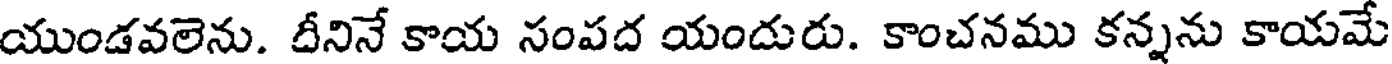
యుండవలెను. దీనినే కాయ సంపద యందురు. కాంచనము కన్నను కాయమే